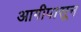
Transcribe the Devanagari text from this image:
आगीपासून